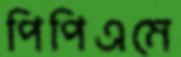
পিপিএমে